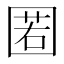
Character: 𡈉